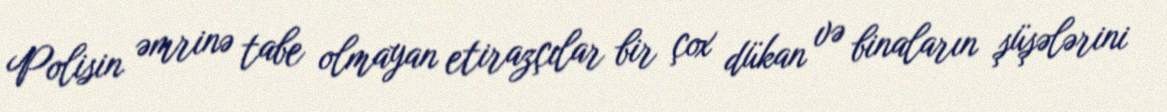
Polisin əmrinə tabe olmayan etirazçılar bir çox dükan və binaların şüşələrini